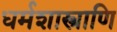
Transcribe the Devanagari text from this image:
धर्मशास्त्राणि